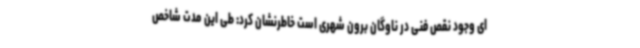
ای وجود نقص فنی در ناوگان برون شهری است خاطرنشان کرد: طی این مدت شاخص